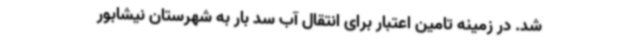
شد. در زمینه تامین اعتبار برای انتقال آب سد بار به شهرستان نیشابور